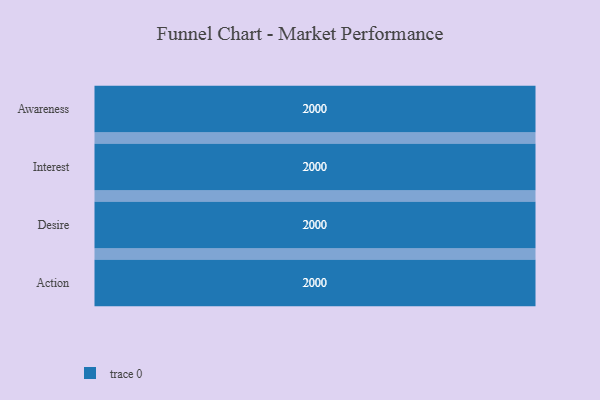
{"axis": {"x": "Stage", "y": "Value"}, "legend": [""], "data": [{"x": "Awareness", "y": 2000, "type": ""}, {"x": "Interest", "y": 2000, "type": ""}, {"x": "Desire", "y": 2000, "type": ""}, {"x": "Action", "y": 2000, "type": ""}]}